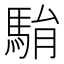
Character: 𩢺